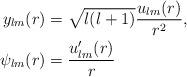
LaTeX: \begin{align*} y_{lm}(r) &= \sqrt{l(l+1)} \frac{u_{lm}(r)}{r^{2}} ,\\ \psi_{lm}(r) &= \frac{u'_{lm}(r)}{r}\end{align*}